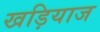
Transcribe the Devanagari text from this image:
खड़ियाज